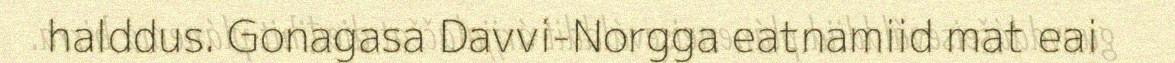
halddus. Gonagasa Davvi-Norgga eatnamiid mat eai